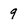
Character: 9